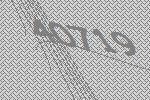
40719